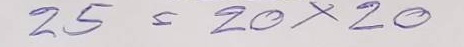
25 = 20 x 20